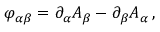
\varphi _ { \alpha \beta } = \partial _ { \alpha } A _ { \beta } - \partial _ { \beta } A _ { \alpha } \, ,